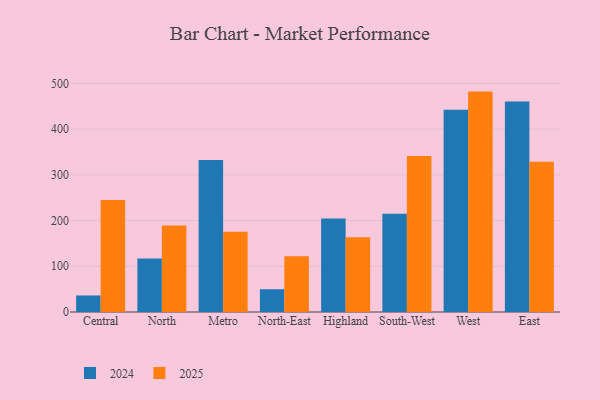
{"axis": {"x": "Region", "y": "Satisfaction Score"}, "legend": ["2024", "2025"], "data": [{"x": "Central", "y": 244.9, "type": "2025"}, {"x": "Central", "y": 36.2, "type": "2024"}, {"x": "North", "y": 189.0, "type": "2025"}, {"x": "North", "y": 116.8, "type": "2024"}, {"x": "Metro", "y": 175.5, "type": "2025"}, {"x": "Metro", "y": 332.3, "type": "2024"}, {"x": "North-East", "y": 122.0, "type": "2025"}, {"x": "North-East", "y": 49.8, "type": "2024"}, {"x": "Highland", "y": 163.6, "type": "2025"}, {"x": "Highland", "y": 204.7, "type": "2024"}, {"x": "South-West", "y": 341.1, "type": "2025"}, {"x": "South-West", "y": 215.2, "type": "2024"}, {"x": "West", "y": 482.2, "type": "2025"}, {"x": "West", "y": 442.7, "type": "2024"}, {"x": "East", "y": 328.5, "type": "2025"}, {"x": "East", "y": 460.8, "type": "2024"}]}